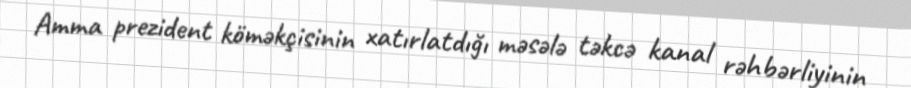
Amma prezident köməkçisinin xatırlatdığı məsələ təkcə kanal rəhbərliyinin